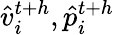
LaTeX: \hat{v}_{i}^{t+h},\hat{p}_{i}^{t{+}h}